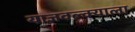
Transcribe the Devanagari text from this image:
याज्ञवल्क्याला